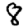
Digit: 8